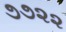
૭૭૨૨